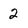
Character: 2